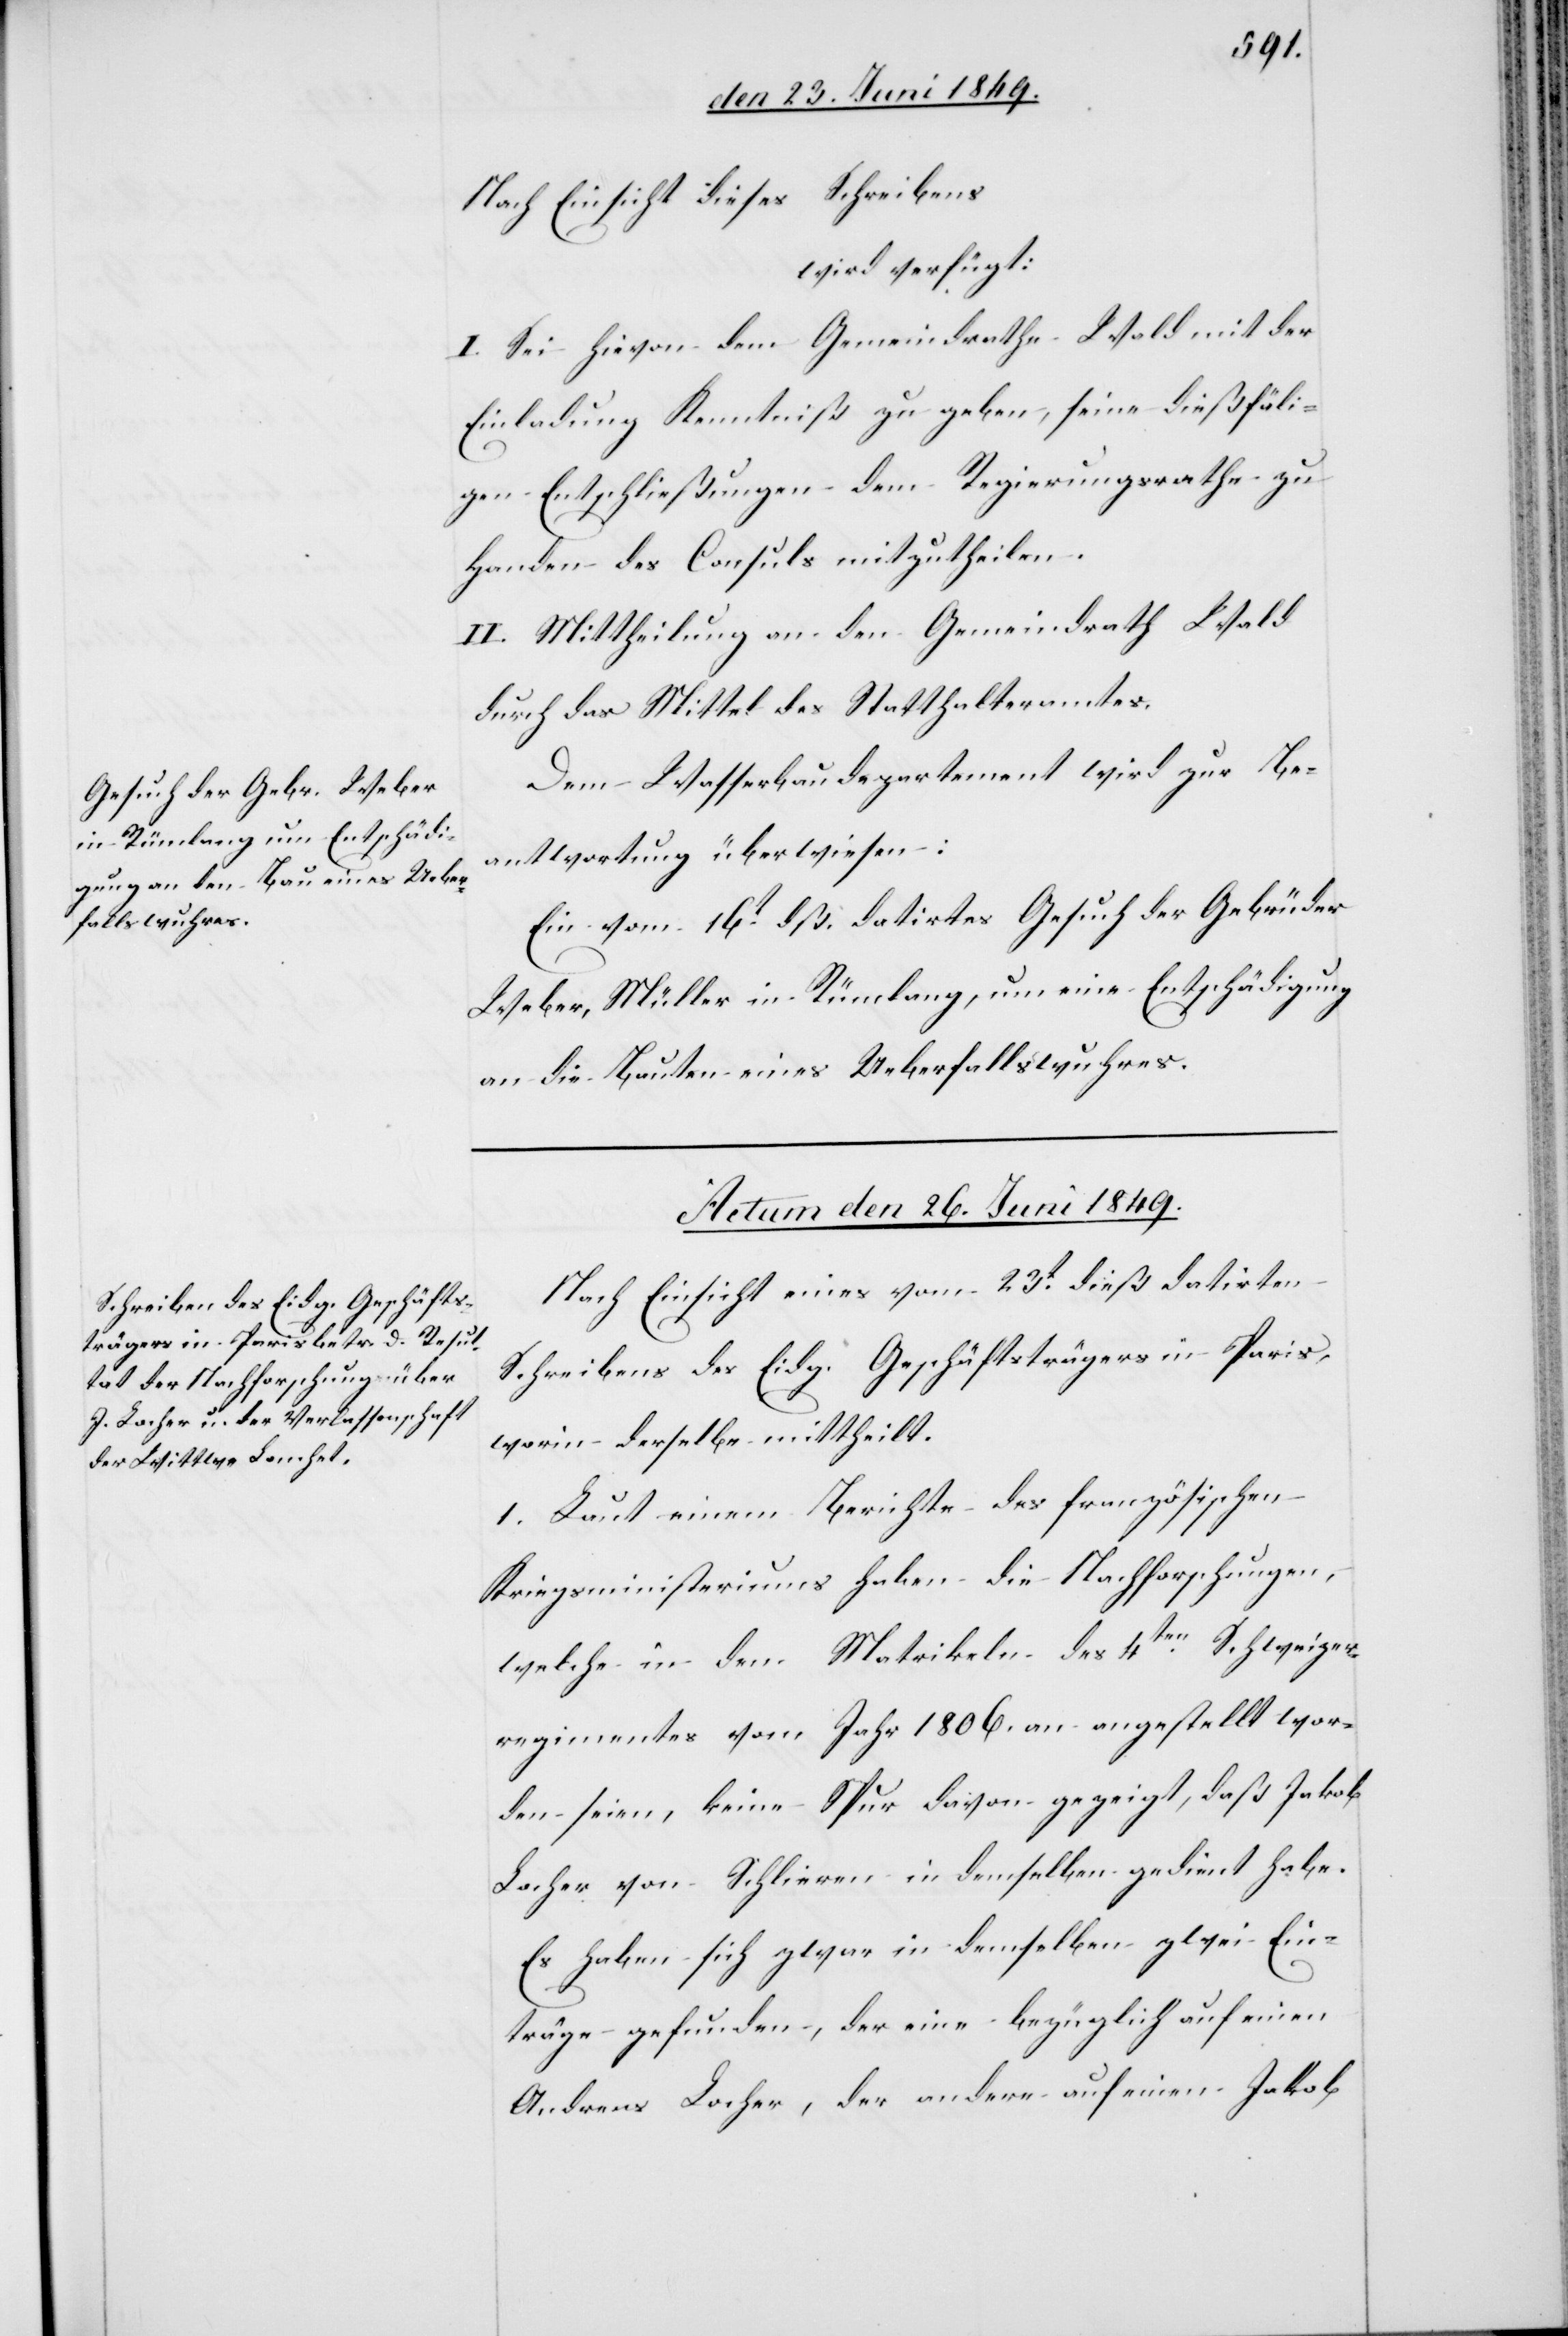
Nach Einsicht dieses Schreibens
wird verfügt:
I. Sei hievon dem Gemeindrathe Wald mit der
Einladung Kenntniß zu geben, seine dießfälli¬
gen Entschließungen dem Regierungsrathe zu
Handen des Consuls mitzutheilen.
II. Mittheilung an den Gemeindrath Wald
durch das Mittel des Statthalteramtes.
Dem Wasserbaudepartement wird zur Be¬
antwortung überwiesen:
Ein vom 16t dß. datirtes Gesuch der Gebrüder
Weber, Müller in Rümlang, um eine Entschädigung
an die Bauten eines Ueberfallswuhres.
Actum den 26. Juni 1849.
Nach Einsicht eines vom 23t dieß datirten
Schreibens des Eidg. Geschäftsträgers in Paris,
worin derselbe mittheilt.
1. Laut einem Berichte des französischen
Kriegsministeriums haben die Nachforschungen,
welche in den Matrikeln des 4ten Schweizer¬
regimentes vom Jahr 1806. an angestellt wor¬
den seien, keine Spur davon gezeigt, daß Jakob
Locher von Schlieren in demselben gedient habe.
Es haben sich zwar in demselben zwei Ein¬
träge gefunden, der eine bezüglich auf einen
Andreas Locher, der andere auf einen Jakob